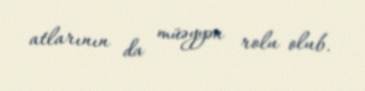
atlarının da müəyyən rolu olub.